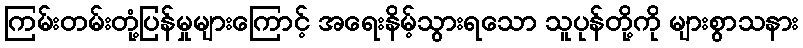
ကြမ်းတမ်းတုံ့ပြန်မှုများကြောင့် အရေးနိမ့်သွားရသော သူပုန်တို့ကို များစွာသနား